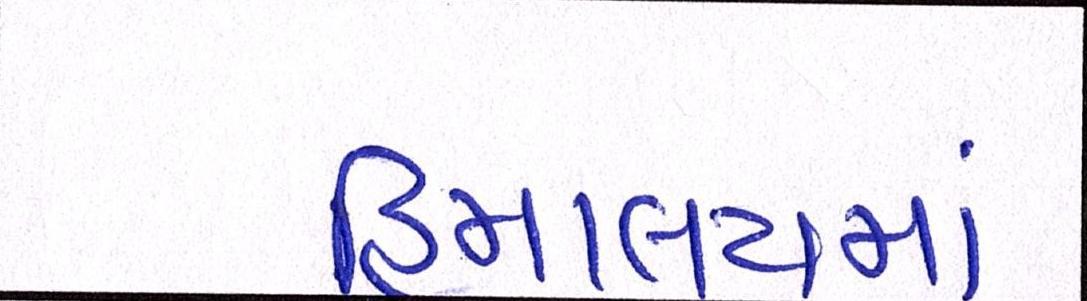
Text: હિમાલયમાં